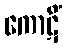
ကောဋိံ